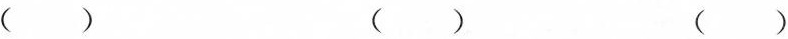
() () ()